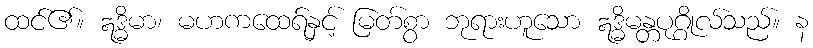
ထင်၏။ ဣဒ္ဓိမာ၊ မဟကထေရ်နှင့် မြတ်စွာ ဘုရားဟူသော ဣဒ္ဓိမန္တပုဂ္ဂိုလ်သည်။ န